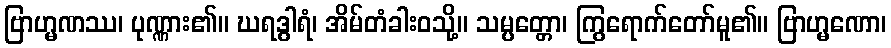
ဗြာဟ္မဏဿ၊ ပုဏ္ဏား၏။ ဃရဒွါရံ၊ အိမ်တံခါးဝသို့။ သမ္ပတ္တော၊ ကြွရောက်တော်မူ၏။ ဗြာဟ္မဏော၊